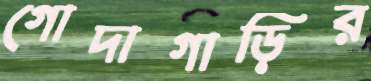
গোদাগাড়ির